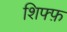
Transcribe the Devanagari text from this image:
शिफ्फ़